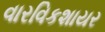
વારવિકશાયર